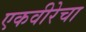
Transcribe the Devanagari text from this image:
एकवीरेचा